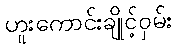
ဟူးကောင်းချိုင့်ဝှမ်း